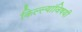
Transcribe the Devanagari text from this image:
किल्ल्यांविषयी